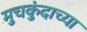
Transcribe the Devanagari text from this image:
मुचकुंदाच्या